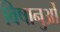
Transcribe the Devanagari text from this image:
विषानुओं